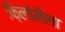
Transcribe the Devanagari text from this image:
फ़िलोमैला